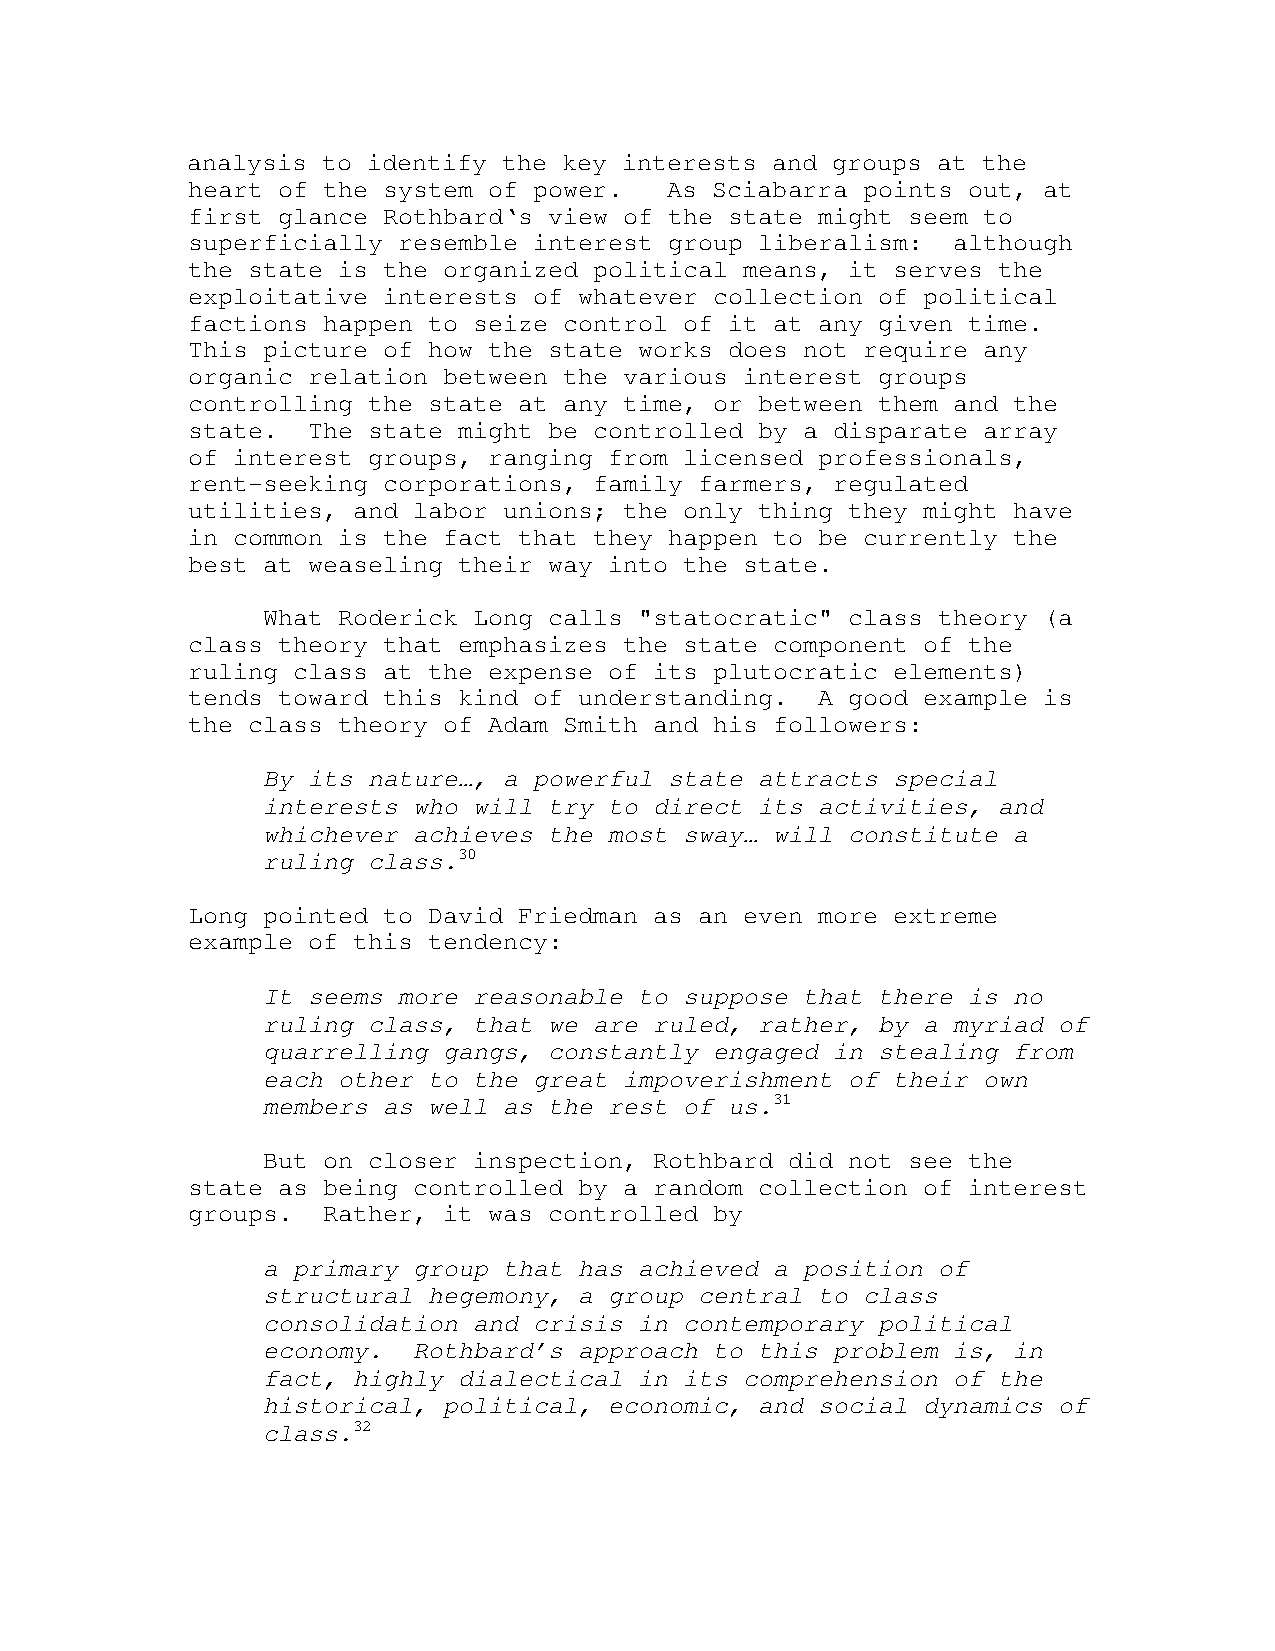
analysis to identify the key interests and groups at the
 heart of the system of power.   As Sciabarra points out, at
 first glance Rothbard‘s view of the state might seem to
 superficially resemble interest group liberalism:  although
 the state is the organized political means, it serves the
 exploitative interests of whatever collection of political
 factions happen to seize control of it at any given time.
 This picture of how the state works does not require any
 organic relation between the various interest groups
 controlling the state at any time, or between them and the
 state.  The state might be controlled by a disparate array
 of interest groups, ranging from licensed professionals,
 rent-seeking corporations, family farmers, regulated
 utilities, and labor unions; the only thing they might have
 in common is the fact that they happen to be currently the
 best at weaseling their way into the state.
 What Roderick Long calls "statocratic" class theory (a
 class theory that emphasizes the state component of the
 ruling class at the expense of its plutocratic elements)
 tends toward this kind of understanding.  A good example is
 the class theory of Adam Smith and his followers:
 By its nature…, a powerful state attracts special
 interests who will try to direct its activities, and
 whichever achieves the most sway… will constitute a
 ruling class.30
 Long pointed to David Friedman as an even more extreme
 example of this tendency:
 It seems more reasonable to suppose that there is no
 ruling class, that we are ruled, rather, by a myriad of
 quarrelling gangs, constantly engaged in stealing from
 each other to the great impoverishment of their own
 members as well as the rest of us.31
 But on closer inspection, Rothbard did not see the
 state as being controlled by a random collection of interest
 groups.  Rather, it was controlled by
 a primary group that has achieved a position of
 structural hegemony, a group central to class
 consolidation and crisis in contemporary political
 economy.  Rothbard’s approach to this problem is, in
 fact, highly dialectical in its comprehension of the
 historical, political, economic, and social dynamics of
 class.32